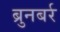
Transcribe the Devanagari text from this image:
ब्रुनबर्र